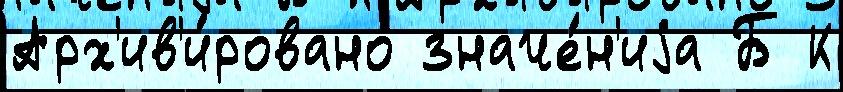
Арх'ив'и́ровано значе́н'иjа Б К